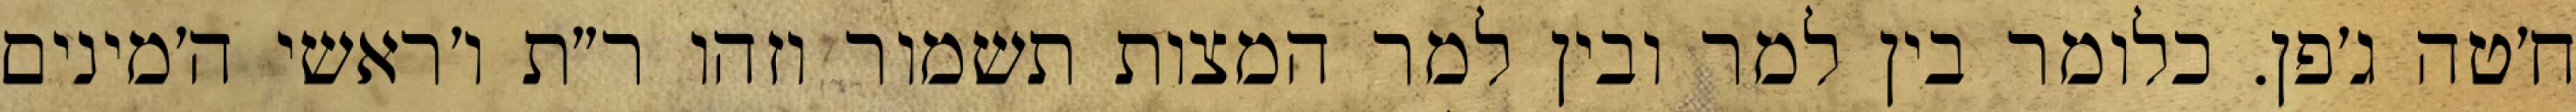
ח׳טה ג׳פן. כלומר בין למר ובין למר המצות תשמור וזהו ר״ת ו׳ראשי ה׳מינים